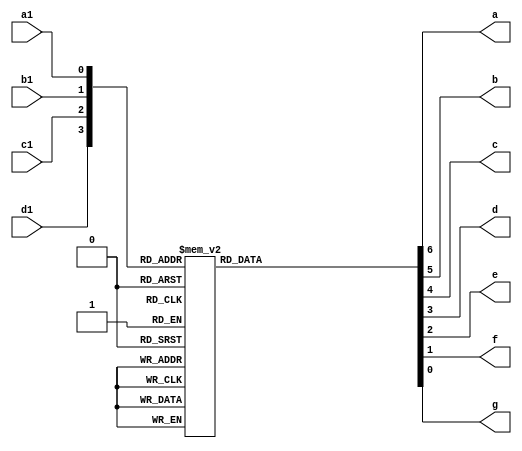
module seg7(
	input  a1,b1,c1,d1,
	output reg a,b,c,d,e,f,g
);
always @(*)
case ({d1,c1,b1,a1})
   4'd0:{a,b,c,d,e,f,g}=7'b1111110;
	4'd1:{a,b,c,d,e,f,g}=7'b0110000;
	4'd2:{a,b,c,d,e,f,g}=7'b1101101;
	4'd3:{a,b,c,d,e,f,g}=7'b1111001;
	4'd4:{a,b,c,d,e,f,g}=7'b0110011;
	4'd5:{a,b,c,d,e,f,g}=7'b1011011;
	4'd6:{a,b,c,d,e,f,g}=7'b1011111;
	4'd7:{a,b,c,d,e,f,g}=7'b1110000;
	4'd8:{a,b,c,d,e,f,g}=7'b1111111;
	4'd9:{a,b,c,d,e,f,g}=7'b1111011;
	4'ha:{a,b,c,d,e,f,g}=7'b1110111;
	4'hb:{a,b,c,d,e,f,g}=7'b0011111;
	4'hc:{a,b,c,d,e,f,g}=7'b1001110;
	4'hd:{a,b,c,d,e,f,g}=7'b0111101;
	4'he:{a,b,c,d,e,f,g}=7'b1001111;
	4'hF:{a,b,c,d,e,f,g}=7'b1000111;
endcase 
endmodule